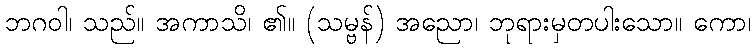
ဘဂဝါ၊ သည်။ အကာသိ၊ ၏။ (သမ္ဗန်) အညော၊ ဘုရားမှတပါးသော။ ကော၊